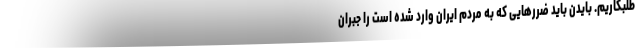
طلبکاریم. بایدن باید ضررهایی که به مردم ایران وارد شده است را جبران